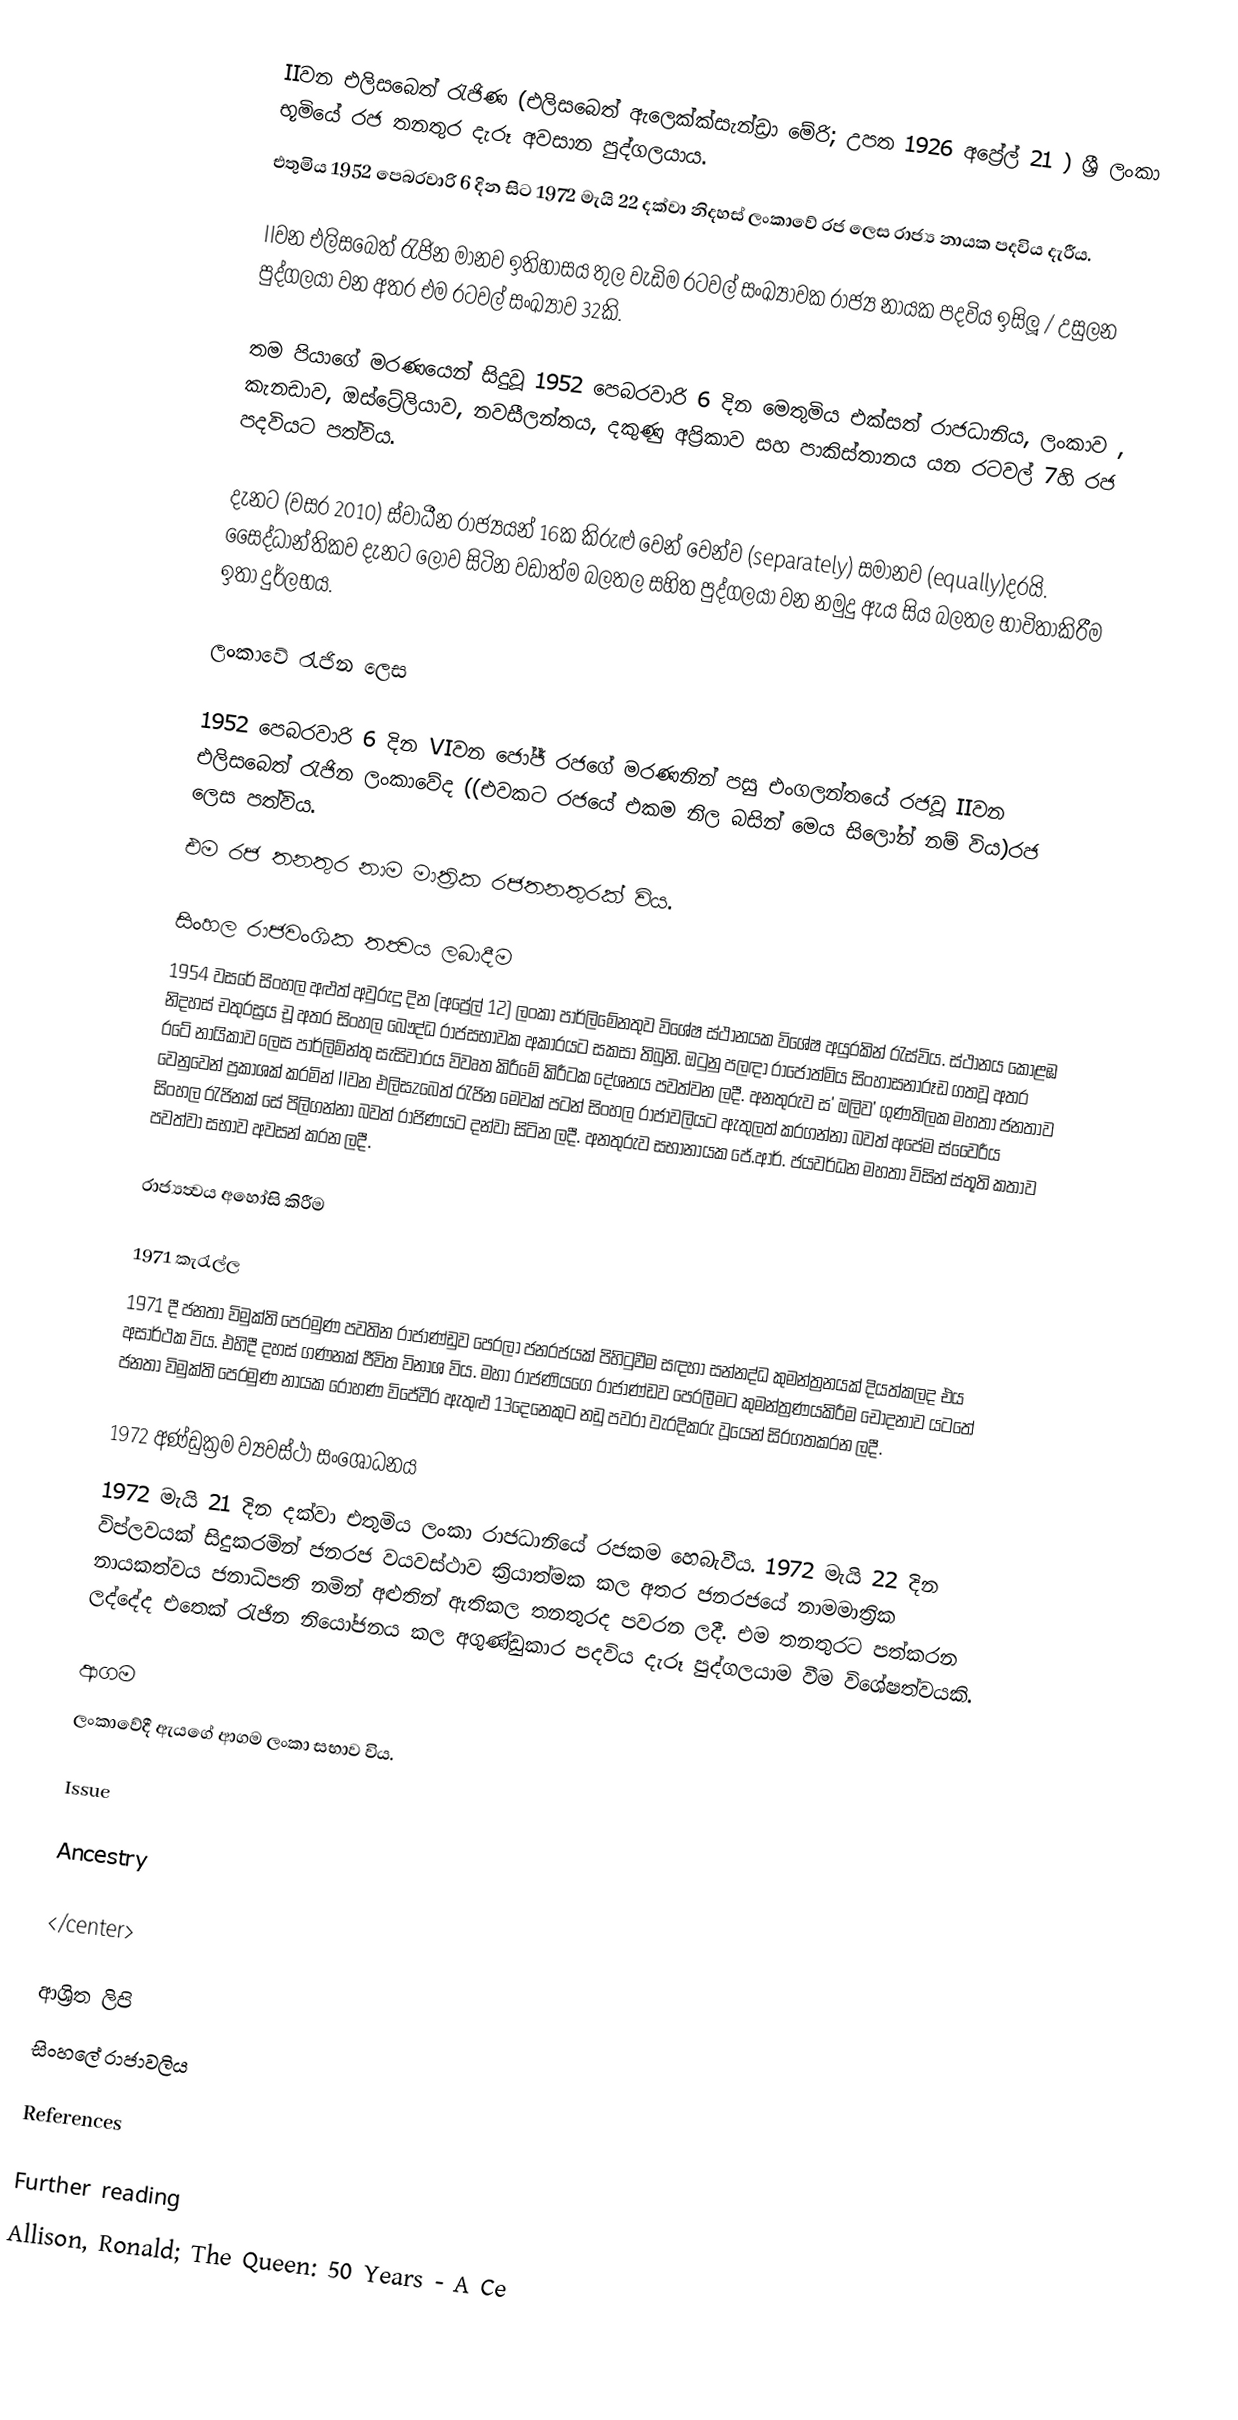
IIවන එලිසබෙත් රැජිණ (එලිසබෙත් ඇලෙක්ක්සැන්ඩ්‍රා මේරි; උපත 1926 අප්‍රේල් 21  ) ශ්‍රී ලංකා භූමියේ රජ තනතුර දැරූ අවසාන පුද්ගලයාය.
එතුමිය 1952 පෙබරවාරි 6 දින සිට 1972 මැයි 22 දක්වා නිදහස් ලංකාවේ රජ ලෙස රාජ්‍ය නායක පදවිය දැරීය.

IIවන එලිසබෙත් රැජින මානව ඉතිහාසය තුල වැඩිම රටවල් සංඛ්‍යාවක රාජ්‍ය නායක පදවිය ඉසිලූ / උසුලන පුද්ගලයා වන අතර එම රටවල් සංඛ්‍යාව 32කි.

තම පියාගේ මරණයෙන් සිදුවූ 1952 පෙබරවාරි 6 දින මෙතුමිය එක්සත් රාජධානිය, ලංකාව , කැනඩාව, ඔස්ට්‍රේලියාව, නවසීලන්තය, දකුණු අප්‍රිකාව සහ පාකිස්තානය යන රටවල් 7හි රජ පදවියට පත්විය.

දැනට (වසර 2010) ස්වාධීන රාජ්‍යයන් 16ක කිරුළු වෙන් වෙන්ව (separately) සමානව (equally)දරයි. සෛද්ධාන්තිකව දැනට ලොව සිටින වඩාත්ම බලතල සහිත පුද්ගලයා වන නමුදු ඇය සිය බලතල භාවිතාකිරීම ඉතා දුර්ලභය.

ලංකාවේ  රැජින ලෙස

1952  පෙබරවාරි 6 දින VIවන ජෝජ් රජගේ මරණනින් පසු එංගලන්තයේ රජවූ IIවන එලිසබෙත් රැජින ලංකාවේද ((එවකට රජයේ එකම නිල බසින් මෙය සිලෝන් නම් විය)රජ ලෙස පත්විය.
එම රජ තනතුර නාම මාත්‍රික රජතනතුරක් විය.

සිංහල රාජවංශික තත්‍වය ලබාදීම
1954 වසරේ සිංහල අළුත් අවුරුදු දින (අප්‍රේල් 12) ලංකා පාර්ලිමේනතුව විශේෂ ස්ථානයක විශේෂ අයුරකින් රැස්විය. ස්ථානය කොළඹ නිදහස් චතුරස්‍රය චූ අතර සිංහල බෞද්ධ රාජසභාවක අකාරයට සකසා තිබුනි. ඔටුනු පලඳා රාජෝත්මිය සිංහාසනාරූඩ ගතවූ අතර රටේ නායිකාව ලෙස පාර්ලිම්න්තු සැසිවාරය විවෘත කිරීමේ කිරීටක දේශනය පවත්වන ලදී. අනතුරුව ස' ඔලිව' ගුණතිලක මහතා ජනතාව වෙනුවෙන් ප්‍රකාශක් කරමින් IIවන එලිසzබෙත් රැජින මෙවක් පටන් සිංහල රාජාවලියට ඇතුලත් කරගන්නා බවත් අපේම ස්වෛරීය සිංහල රැජිනක් සේ පිලිගන්නා බවත් රාජිණයට දන්වා සිටින ලදී. අනතුරුව සභානායක ජේ.ආර්. ජයවර්ධන මහතා විසින් ස්තූති කතාව පවත්වා සභාව අවසන් කරන ලදී.

රාජ්‍යත්‍වය අහෝසි කිරීම

1971 කැරැල්ල
1971 දී ජනතා විමුක්ති පෙරමුණ පවතින රාජාණ්ඩුව පෙරලා ජනරජයක් පිහිටුවීම සඳහා සන්නද්ධ කුමන්ත්‍රනයක් දියත්කලද එය අසාර්ථක විය.  එහිදී දහස් ගණනක් ජීවිත විනාශ විය. මහා රාජණියගෙ රාජාණ්ඩව පෙරලීමට කුමන්ත්‍රණයකිරීම චෝදනාව යටතේ ජනතා විමුක්ති පෙරමුණ නායක රෝහණ විජේවීර ඇතුළු 13දෙනෙකුට නඩු පවරා වැරදිකරු වූයෙන් සිරගතකරන ලදී.

1972 අණ්‍ඩුක්‍රම ව්‍යවස්ථා සංශෝධනය
1972 මැයි 21 දින දක්වා එතුමිය ලංකා රාජධානියේ රජකම හෙබැවීය. 1972 මැයි 22 දින විප්ලවයක් සිදුකරමින් ජනරජ වයවස්ථාව ක්‍රියාත්මක කල අතර ජනරජයේ නාමමාත්‍රික නායකත්වය ජනාධිපති නමින් අළුතින් ඇතිකල තනතුරද පවරන ලදී. එම තනතුරට පත්කරන ලද්දේද එතෙක් රැජින නියෝජනය කල අගුණ්ඩුකාර පදවිය දැරූ පුද්ගලයාම වීම විශේෂත්වයකි.

ආගම
ලංකාවේදී ඇයගේ ආගම ලංකා සභාව විය.

Issue

Ancestry

</center>

ආශ්‍රිත ලිපි
 සිංහලේ රාජාවලිය

References

Further reading
 Allison, Ronald; The Queen: 50 Years - A Ce